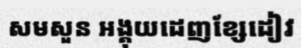
សមសួន អង្គុយដេញខ្សែដៀវ